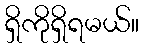
ရှိကိုရှိရမယ်။